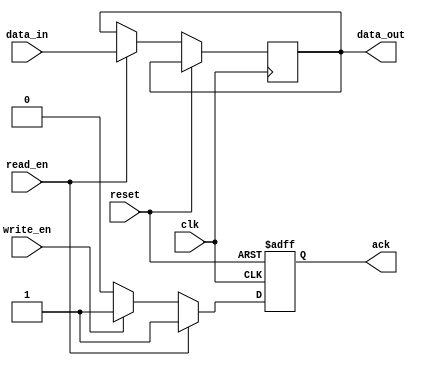
module io_interface (
    input wire clk,
    input wire reset,
    input wire [31:0] data_in,
    input wire read_en,
    input wire write_en,
    output reg [31:0] data_out,
    output reg ack
);
    // Your I/O interface implementation for protocols like SPI, I2C, etc.
    
    always @(posedge clk or posedge reset) begin
        if (reset) begin
            ack <= 0;
        end else begin
            if (read_en) begin
                // Simulate reading data from I/O device
                data_out <= data_in; // For demonstration
                ack <= 1; // Acknowledge read
            end else if (write_en) begin
                // Simulate writing data to I/O device
                ack <= 1; // Acknowledge write
            end else begin
                ack <= 0;
            end
        end
    end
endmodule